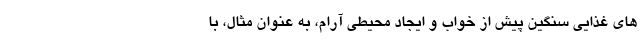
های غذایی سنگین پیش از خواب و ایجاد محیطی آرام، به عنوان مثال، با